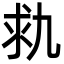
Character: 㐜